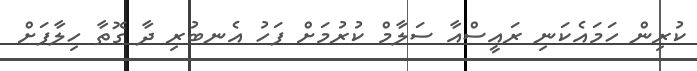
ކުރިން ހަމައެކަނި ރައީސްއާ ސަލާމް ކުރުމަށް ފަހު އެނބުރި ދާ ގޮތާ ހިލާފަށް